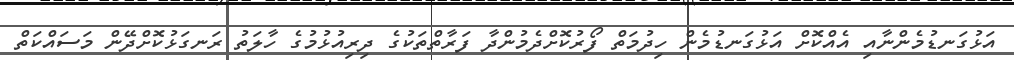
އަޅުގަނޑުމެންނާއި އެއްކޮށް އަޅުގަނޑުމެން ހިދުމަތް ފޯރުކޮށްދެމުންދާ ފަރާތްތަކުގެ ދިރިއުޅުމުގެ ހާލަތު ރަނގަޅުކޮށްދޭން މަސައްކަތް